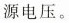
源电压。